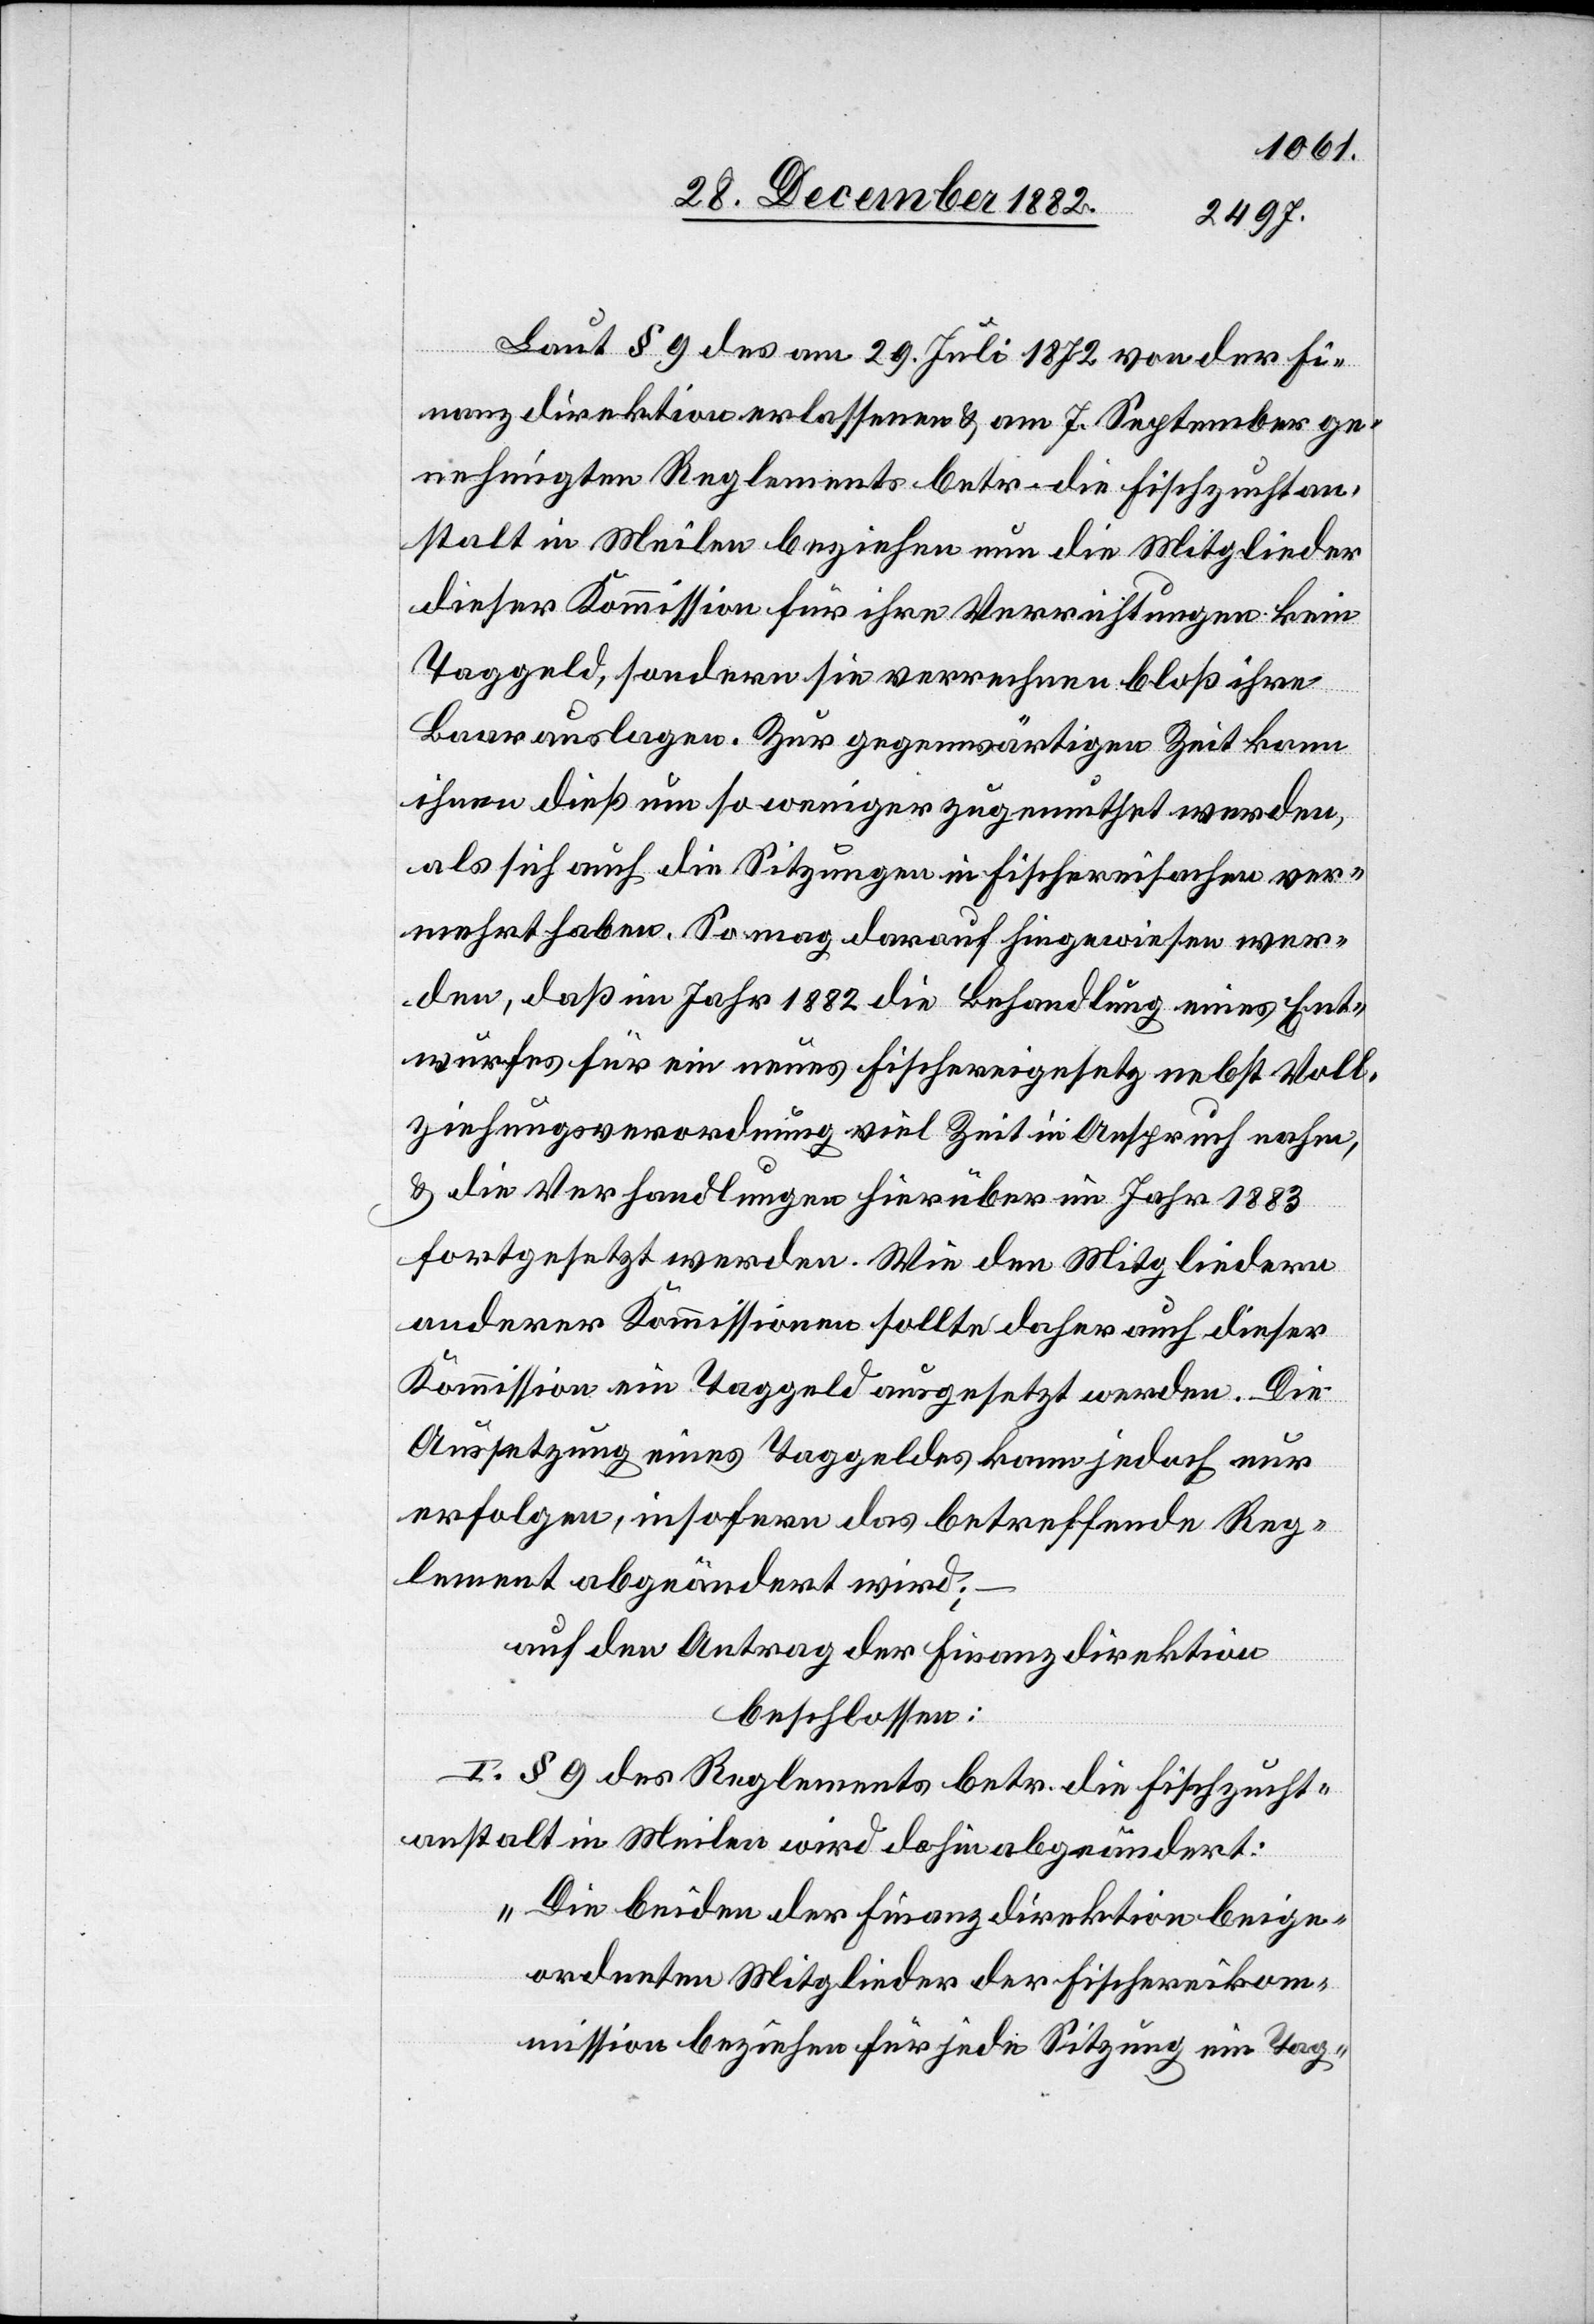
Laut § 9 des am 29. Juli 1872 von der Fi¬
nanzdirektion erlassenen & am 7. September ge¬
nehmigten Reglements betr. die Fischzuchtan¬
stalt in Meilen beziehen nun die Mitglieder
dieser Kommission für ihre Verrichtungen kein
Taggeld, sondern sie verrechnen bloß ihre
Baarauslagen. Zur gegenwärtigen Zeit kann
ihnen dieß um so weniger zugemuthet werden,
als sich auch die Sitzungen in Fischereisachen ver¬
mehrt haben. So mag darauf hingewiesen wer¬
den, daß ihm Jahr 1882 die Behandlung eines Ent¬
wurfes für ein neues Fischereigesetz nebst Voll¬
ziehungsverordnung viel Zeit in Anspruch nahm,
& die Verhandlungen hierüber im Jahr 1883
fortgesetzt werden. Wie den Mitgliedern
anderer Kommissionen sollte daher auch dieser
Kommission ein Taggeld ausgesetzt werden. Die
Aussetzung eines Taggeldes kann jedoch nur
erfolgen, insofern das betreffende Reg¬
lement abgeändert wird;
–
auf den Antrag der Finanzdirektion
beschlossen:
I. § 9 des Reglements betr. die Fischzucht¬
anstalt in Meilen wird dahin abgeändert:
„Die beiden der Finanzdirektion beige¬
ordneten Mitglieder der Fischereikom¬
mission beziehen für jede Sitzung ein Tag-